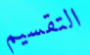
التقسيم